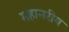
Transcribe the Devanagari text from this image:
महानरीय